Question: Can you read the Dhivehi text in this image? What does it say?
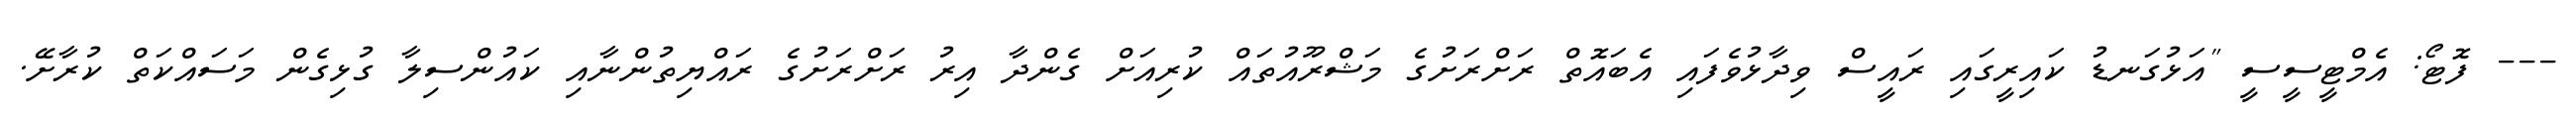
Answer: --- ފޮޓޯ: އެމްޓީސީސީ "އަޅުގަނޑު ކައިރީގައި ރައީސް ވިދާޅުވެފައި އެބައޮތް ރަށްރަށުގެ މަޝްރޫއުތައް ކުރިއަށް ގެންދާ އިރު ރަށްރަށުގެ ރައްޔިތުންނާއި ކައުންސިލާ ގުޅިގެން މަސައްކަތް ކުރާށޭ.